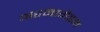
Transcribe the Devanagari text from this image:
अरमागेडन